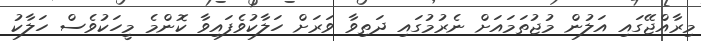
މިރާއްޖޭގައި އަލުން މުޖުތަމައަށް ނެރުމުގައި ދަތިވާ ވަރަށް ހަލާކުވެފައިވާ ކޮންމެ މީހަކުވެސް ހަލާކު